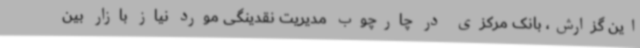
این گزارش، بانک مرکزی در چارچوب مدیریت نقدینگی مورد نیاز بازار بین‌